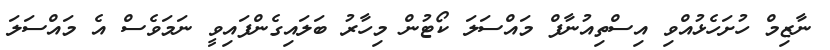
ނާޒިމް ހުށަހެޅުއްވި އިސްތިއުނާފް މައްސަލަ ކޯޓުން މިހާރު ބަލައިގެންފައިވީ ނަމަވެސް އެ މައްސަލަ